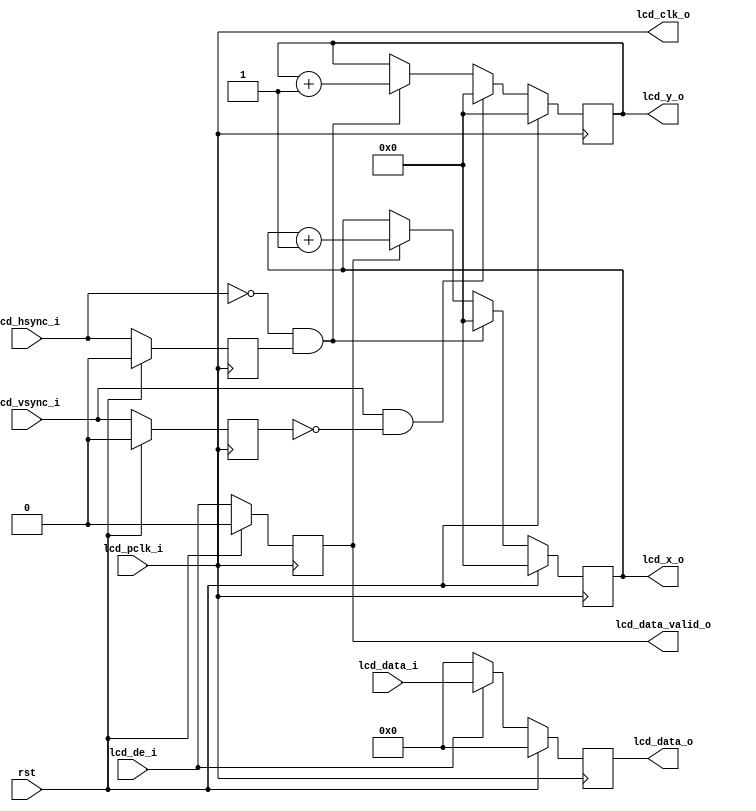
module lcd_sync (
	input			rst,

	input	[23:0]	lcd_data_i,
	input			lcd_pclk_i,
	input			lcd_vsync_i,
	input			lcd_hsync_i,
	input			lcd_de_i,

	output			lcd_clk_o,
	output	[11:0]	lcd_x_o,
	output	[11:0]	lcd_y_o,
	output	[23:0]	lcd_data_o,
	output			lcd_data_valid_o
);

reg		[11:0]	lcd_x_q;
reg		[11:0]	lcd_y_q;
reg		[23:0]	lcd_data_q;
reg				lcd_hsync_q;
reg				lcd_vsync_q;
reg				lcd_de_q;

assign			lcd_clk_o = lcd_pclk_i;
assign			lcd_x_o = lcd_x_q;
assign			lcd_y_o = lcd_y_q;
assign			lcd_data_o = lcd_data_q;
assign			lcd_data_valid_o = lcd_de_q;

wire			lcd_hsync_end = (lcd_hsync_i == 0) && (lcd_hsync_q == 1);
wire			lcd_vsync_end = (lcd_vsync_i == 1) && (lcd_vsync_q == 0);

always @(posedge lcd_pclk_i) begin
	if (rst) begin
		lcd_x_q <= 0;
		lcd_y_q <= 0;
		lcd_data_q <= 0;
		lcd_hsync_q <= 0;
		lcd_vsync_q <= 0;
		lcd_de_q <= 0;
	end
	else begin
		lcd_hsync_q <= lcd_hsync_i;
		lcd_vsync_q <= lcd_vsync_i;
		lcd_de_q <= lcd_de_i;

		if (lcd_de_i) begin
			lcd_data_q <= lcd_data_i;
		end else begin
			lcd_data_q <= 0;
		end

		if (lcd_vsync_end) begin
			lcd_y_q <= 0;
		end else begin
			if (lcd_hsync_end) begin
				lcd_y_q <= lcd_y_q + 12'h1;
			end
		end

		if (lcd_hsync_end) begin
			lcd_x_q <= 0;
		end else begin
			if (lcd_de_q) begin
				lcd_x_q <= lcd_x_q + 12'h1;
			end
		end
	end
end

endmodule